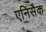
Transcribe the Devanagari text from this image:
एनिसैक